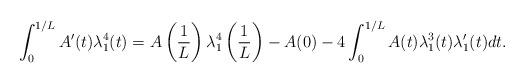
LaTeX: \begin{align*} \int_{0}^{1/L} A'(t)\lambda_1^4(t)=A\left( \frac{1}{L} \right)\lambda_1^4\left( \frac{1}{L} \right)-A(0)-4\int_0^{1/L} A(t)\lambda_1^3(t)\lambda_1'(t)dt.\end{align*}